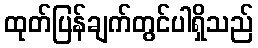
ထုတ်ပြန်ချက်တွင်ပါရှိသည်